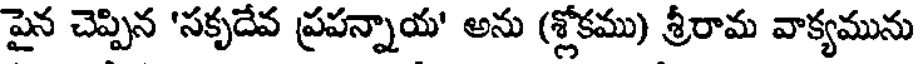
పైన చెప్పిన 'సకృదేవ ప్రపన్నాయ' అను (శ్లోకము) శ్రీరామ వాక్యమును